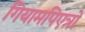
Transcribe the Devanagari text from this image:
गियामपिएत्रो